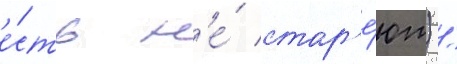
е́сть н'е́ стар'е́ют) /